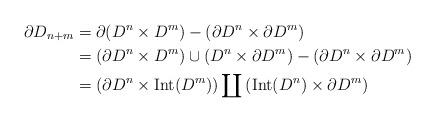
LaTeX: \begin{align*}\partial D_{n+m} &=\partial(D^{n} \times D^{m})-(\partial D^{n} \times \partial D^{m}) \\&= (\partial D^{n} \times D^{m}) \cup (D^{n} \times \partial D^{m}) - (\partial D^{n} \times \partial D^{m}) \\&= \left( \partial D^{n} \times \mathrm{Int}(D^{m}) \right) \coprod \left( \mathrm{Int}(D^{n}) \times \partial D^{m} \right)\end{align*}